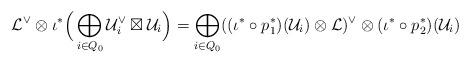
LaTeX: \begin{align*} \mathcal{L}^\vee \otimes \iota^*\Big( \bigoplus_{i\in Q_0}\mathcal{U}_i^\vee\boxtimes\mathcal{U}_i \Big) = \bigoplus_{i\in Q_0}((\iota^*\circ p_1^*)(\mathcal{U}_i) \otimes \mathcal{L})^\vee \otimes(\iota^*\circ p_2^*)(\mathcal{U}_i) \end{align*}